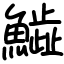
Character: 𩻩